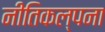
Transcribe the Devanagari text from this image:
नीतिकल्पना